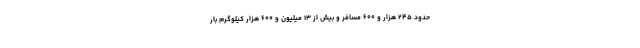
حدود ۲۴۵ هزار و ۶۰۰ مسافر و بیش از ۱۳ میلیون و ۶۰۰ هزار کیلوگرم بار